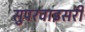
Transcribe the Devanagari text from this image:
सुपरवाइसरी